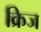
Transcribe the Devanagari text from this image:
क्रिज